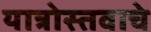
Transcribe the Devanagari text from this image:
यात्रोस्तवाचे